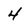
Character: 4